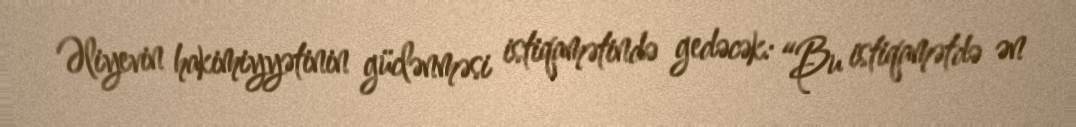
Əliyevin hakimiyyətinin güclənməsi istiqamətində gedəcək: “Bu istiqamətdə ən